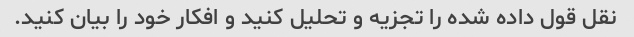
نقل قول داده شده را تجزیه و تحلیل کنید و افکار خود را بیان کنید.